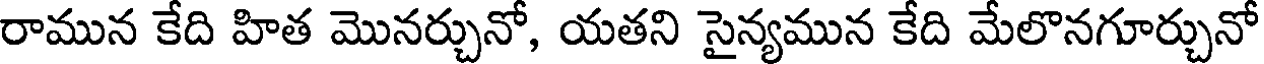
రామున కేది హిత మొనర్చునో, యతని సైన్యమున కేది మేలొనగూర్చునో